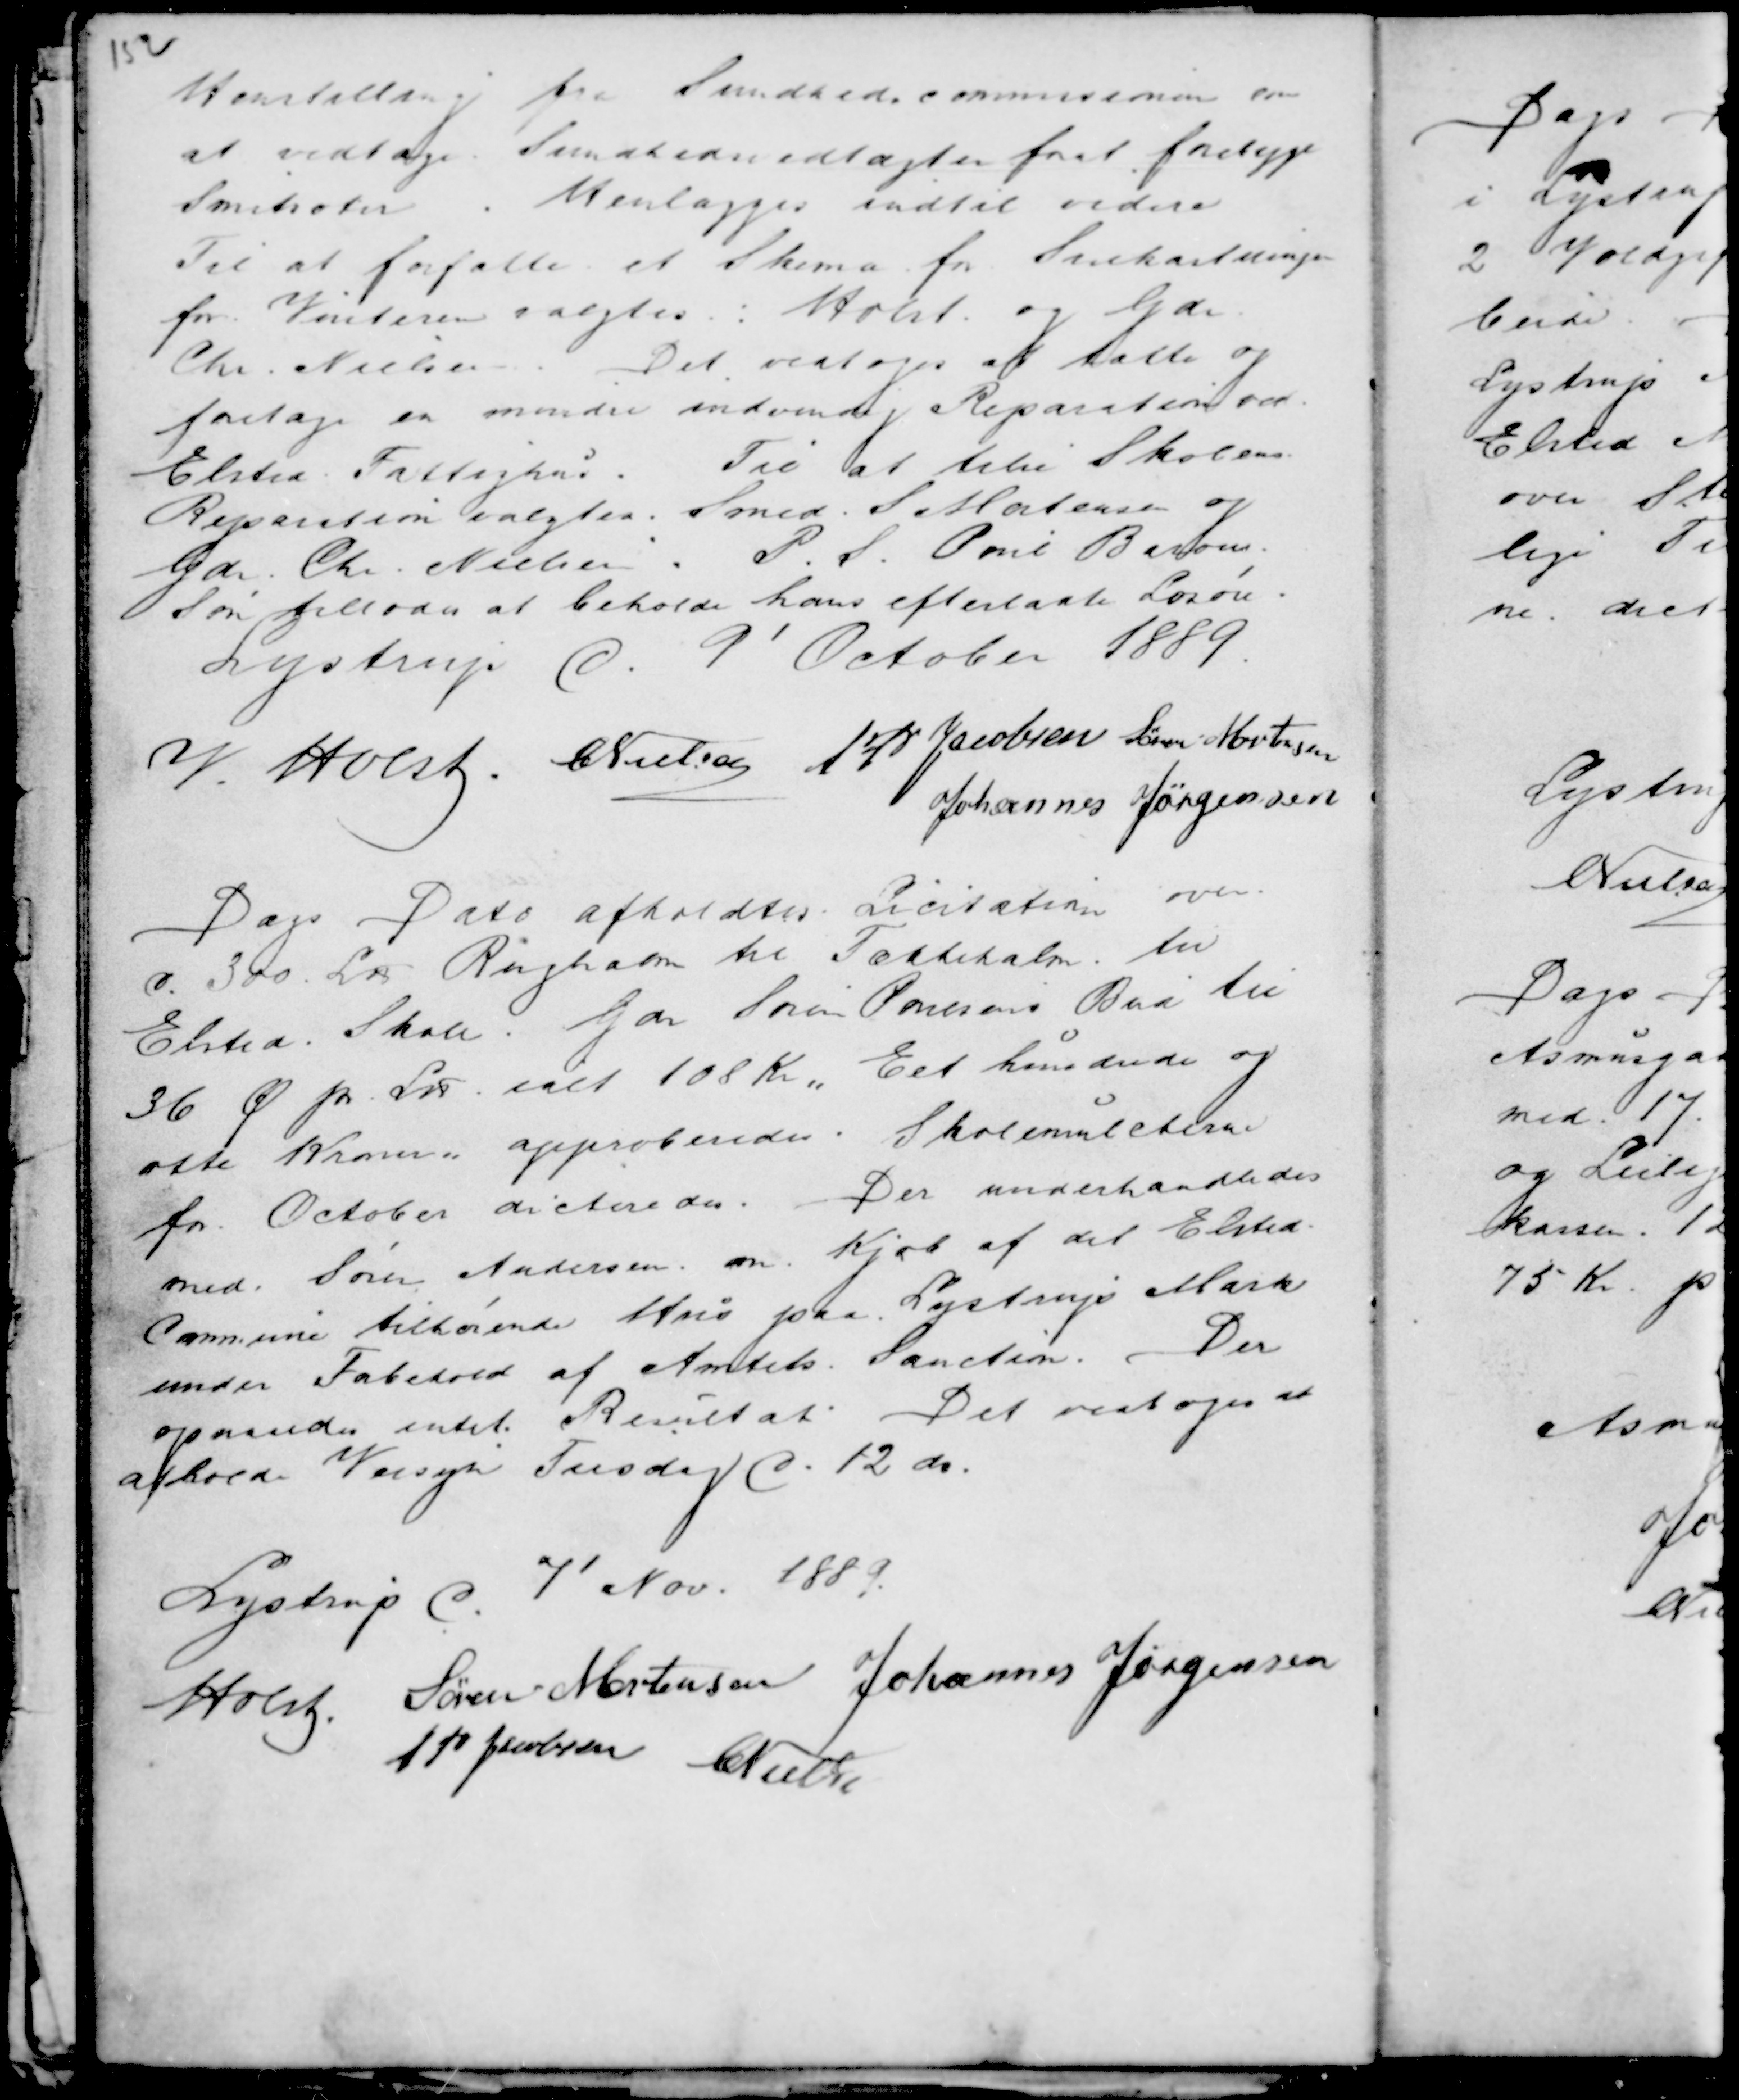
Transskription:
Henstilling fra Sundhedscommissionen om
at vedtage Sundhedsvedtægten forat forebyge
Smitsoten . Henlægges indtil videre
Til at forfatte et Skema for Snekastningen
for Vinteren valgtes : Holst og Gdr
Chr. Nielsen . Det vedtoges at tætte og
foretage en mindre indvendig Reparation ved
Elsted Fattighus. Til at tilse Skolens
Reparation valgtes Smed S Mortensen og
Gdr. Chr. Nielsen . P. S. Poul Barons .
Søn tillades at beholde hans efterladte Løsøre .
Lystrup d. 9' October 1889.
M. Holst . C Nielsen
A P Jacobsen Søren Mortensen
Johannes Jørgensen

Dags Dato afholdtes Licitation over
c. 300 Læs Rughalm til Tættehalm til
Elsted Skole. Gdr Søren Poulsens Bud til
36 Ø pr. Lns ialt 108 Kr " Eet hundrede og
otte Kroner approberedes. Skolemulcterne
for October dicteredes. Der underhandledes
med Søren Andersen om Kjøb af det Elsted
Commune tilhørende Hus paa Lystrup Mark
under Fabehold af Amtets Sanction. Der
opnaaedes intet Resultat. Det vedtoges at
afholde Veisyn Tirsdag d. 12 de .

Lystrup d. 7' Nov. 1889.
Holst. Søren Mortensen Johannes Jørgensen
A P Jacobsen C Nielsen